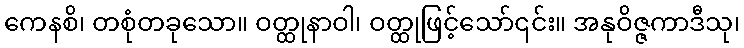
ကေနစိ၊ တစုံတခုသော။ ဝတ္ထုနာဝါ၊ ဝတ္ထုဖြင့်သော်၎င်း။ အနုဝိဇ္ဇကာဒီသု၊